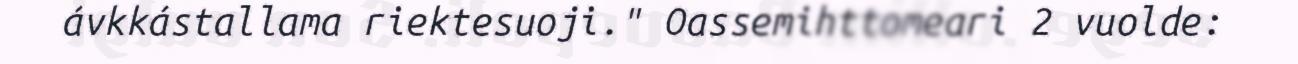
ávkkástallama riektesuoji." Oassemihttomeari 2 vuolde: